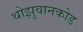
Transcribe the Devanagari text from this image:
थोझुवानकोड